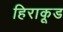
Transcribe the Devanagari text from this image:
हिराकूड